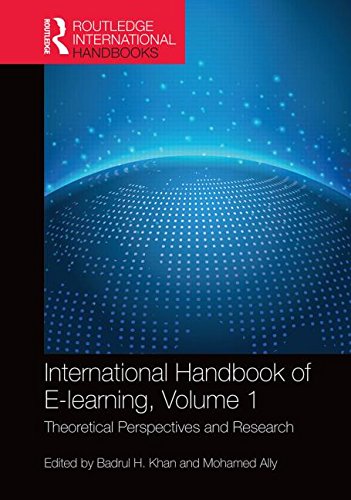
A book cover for International Handbook of E-Learning Volume 1: Theoretical Perspectives and Research (Routledge International Handbooks of Education); Education & Teaching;